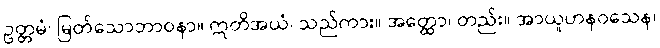
ဥတ္တမံ၊ မြတ်သောဘာဝနာ။ ဣတိအယံ၊ သည်ကား။ အတ္ထော၊ တည်း။ အာယူဟနဝသေန၊